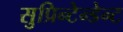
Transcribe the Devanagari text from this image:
सुप्रिन्टेन्डेन्ट